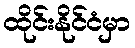
ထိုင်းနိုင်ငံမှာ